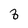
Character: 8